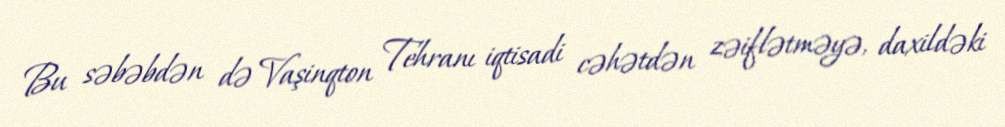
Bu səbəbdən də Vaşinqton Tehranı iqtisadi cəhətdən zəiflətməyə, daxildəki